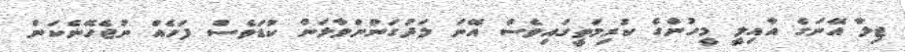
ޖިލާ އޭނަގެ އާއިލީ މީހުންގެ ކުރިމަތީގައިވެސް އޭނަ ލަދުގަންނަވާލަން ކުޑަވެސް ފަހެއް ނުޖެހޭނެކަން